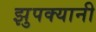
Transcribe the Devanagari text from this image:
झुपक्यानी